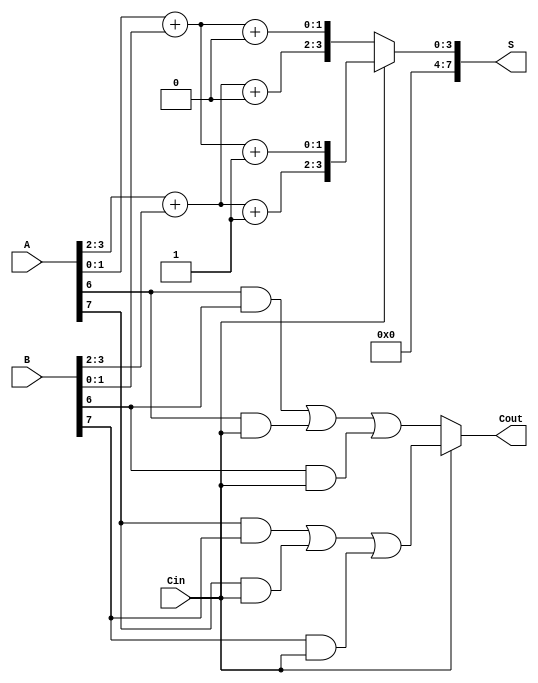
module CCSA #(parameter N = 8) (
    input [N-1:0] A,      // First n-bit input
    input [N-1:0] B,      // Second n-bit input
    input Cin,            // Input carry
    output [N-1:0] S,     // n-bit sum output
    output Cout           // Output carry
);
    // Internal signals
    wire [N/2-1:0] S0, S1; // Sums for carry = 0 and carry = 1
    wire [N/2-1:0] C0, C1;  // Carry outputs for carry = 0 and carry = 1
    wire carry_select;       // Selector for carry output

    // Generate blocks of size N/2
    generate
        genvar i;
        for (i = 0; i < N/2; i = i + 1) begin : block
            // 2-bit Segment
            wire [1:0] A_seg = {A[2*i+1], A[2*i]};
            wire [1:0] B_seg = {B[2*i+1], B[2*i]};
            
            // Precompute sums for both carry conditions
            wire [1:0] sum_c0 = A_seg + B_seg + 2'b00; // Sum if carry = 0
            wire [1:0] sum_c1 = A_seg + B_seg + 2'b01; // Sum if carry = 1
            
            assign S0[2*i+:2] = sum_c0;
            assign S1[2*i+:2] = sum_c1;

            // Carry outputs
            assign C0[i] = (A_seg[0] & B_seg[0]) | (A_seg[0] & Cin) | (B_seg[0] & Cin); // Carry out for carry = 0
            assign C1[i] = (A_seg[1] & B_seg[1]) | (A_seg[1] & Cin) | (B_seg[1] & Cin); // Carry out for carry = 1
        end
    endgenerate

    // Logic to select the correct sum based on carry input
    // Note: carry_select is the final carry output based on the previous carry input
    assign carry_select = Cin ? C1[N/2-1] : C0[N/2-1];

    // Select sums based on carry selection logic
    assign S = Cin ? S1 : S0;
    assign Cout = carry_select;

endmodule